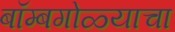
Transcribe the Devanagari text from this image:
बॉम्बगोळ्याचा